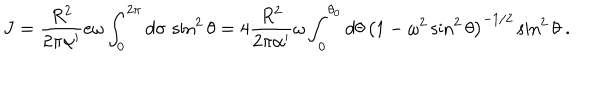
LaTeX: J = { \frac { R ^ { 2 } } { 2 \pi \alpha ^ { \prime } } } e \omega \int _ { 0 } ^ { 2 \pi } d \sigma \, \sin ^ { 2 } \theta = 4 { \frac { R ^ { 2 } } { 2 \pi \alpha ^ { \prime } } } \omega \int _ { 0 } ^ { \theta _ { 0 } } d \theta \, \left( 1 - \omega ^ { 2 } \sin ^ { 2 } \theta \right) ^ { - 1 / 2 } \sin ^ { 2 } \theta \ .